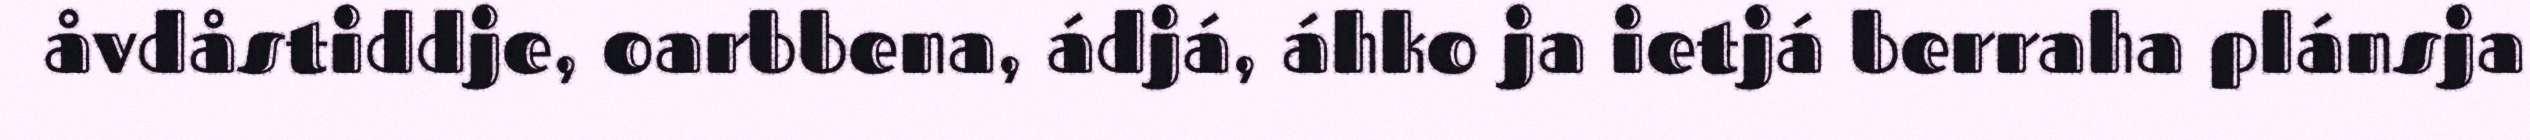
åvdåstiddje, oarbbena, ádjá, áhko ja ietjá berraha plánsja